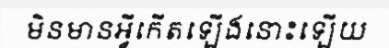
មិនមានអ្វីកើតឡើងនោះឡើយ